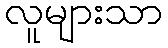
လူများသာ